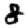
Digit: 8